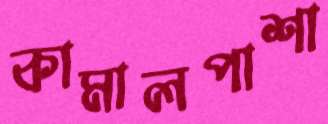
কামালপাশা